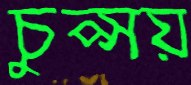
চুপ্‌সয়